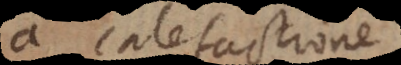
a calefactione,